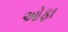
ઓફા